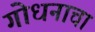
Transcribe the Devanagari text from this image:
गोधनाचा